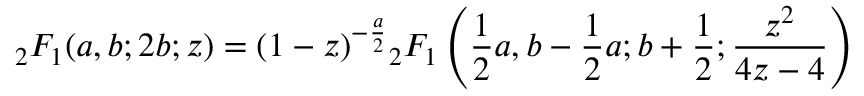
{ } _ { 2 } F _ { 1 } ( a , b ; 2 b ; z ) = ( 1 - z ) ^ { - { \frac { a } { 2 } } } { } _ { 2 } F _ { 1 } \left( { \frac { 1 } { 2 } } a , b - { \frac { 1 } { 2 } } a ; b + { \frac { 1 } { 2 } } ; { \frac { z ^ { 2 } } { 4 z - 4 } } \right)